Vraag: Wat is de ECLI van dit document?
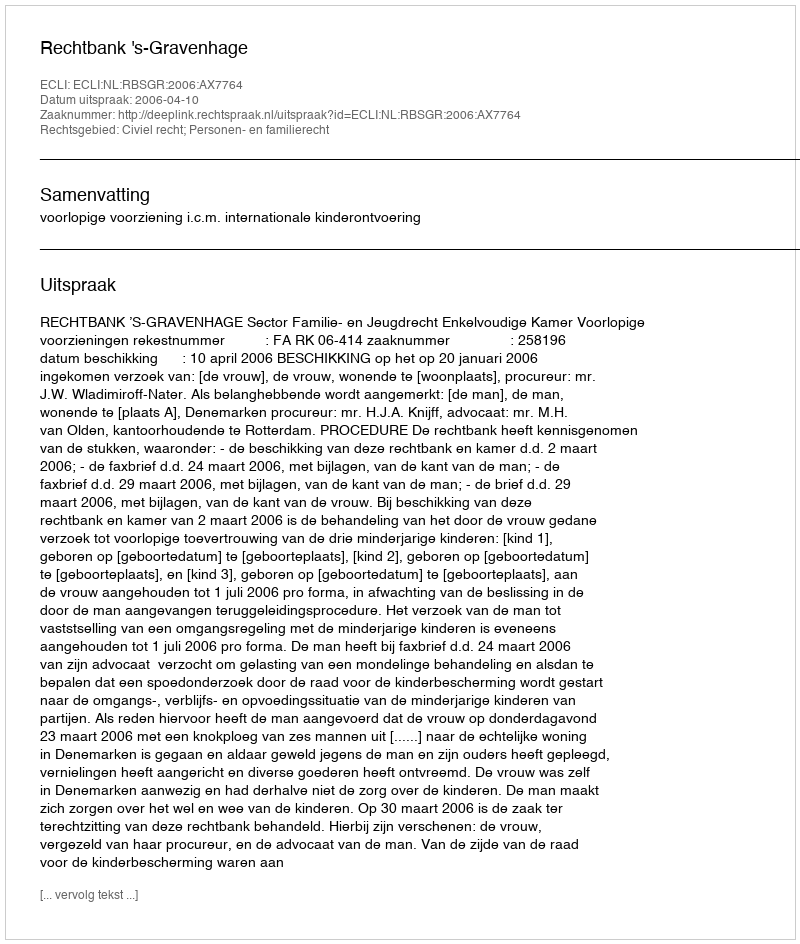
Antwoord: ECLI:NL:RBSGR:2006:AX7764